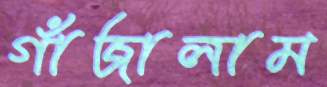
গাঁজালাম